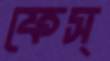
ফেস্